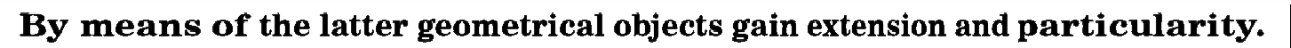
By means of the latter geometrical objects gain extension and particularity.